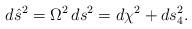
LaTeX: \begin{align*} d{\hat s}^2 = \Omega^2\, ds^2 = d\chi^2 + ds_4^2.\end{align*}